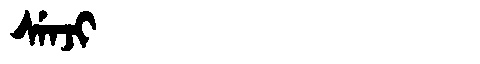
Manchu: ᠰᡝᠨᠵᡳ
Romanization: SENJI